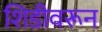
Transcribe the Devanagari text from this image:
शिडीवरून